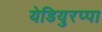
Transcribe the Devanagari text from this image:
येडियुरप्पा